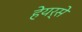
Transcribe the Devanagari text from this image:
हेयर्से